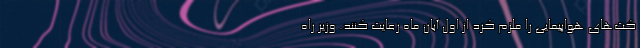
کت‌های هواپیمایی را ملزم کرد از اول آبان ماه رعایت کنند. وزیر راه